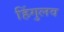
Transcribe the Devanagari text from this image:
हिंगुलव